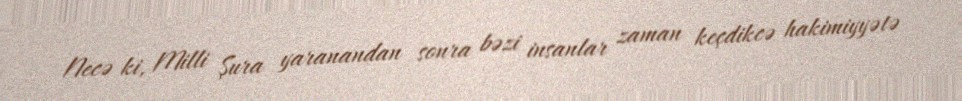
Necə ki, Milli Şura yaranandan sonra bəzi insanlar zaman keçdikcə hakimiyyətə